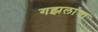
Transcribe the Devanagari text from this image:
गझलांचा